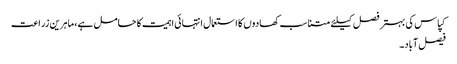
کپاس کی بہتر فصل کیلئے متناسب کھادوں کا استعمال انتہائی اہمیت کا حامل ہے،ماہرین زراعت
فیصل آباد۔